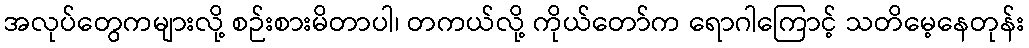
အလုပ်တွေကများလို့ စဉ်းစားမိတာပါ၊ တကယ်လို့ ကိုယ်တော်က ရောဂါကြောင့် သတိမေ့နေတုန်း